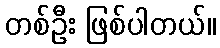
တစ်ဦး ဖြစ်ပါတယ်။